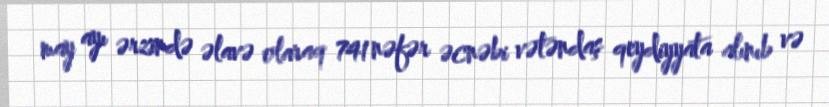
may ayı ərzində əlavə olaraq 741 nəfər əcnəbi vətəndaş qeydiyyata alınıb və